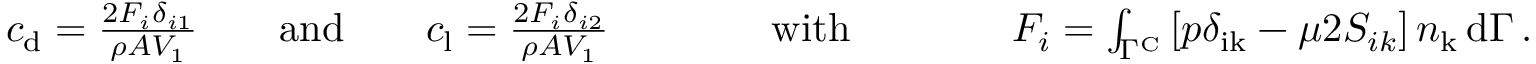
\begin{array} { r } { c _ { \mathrm { d } } = \frac { 2 F _ { i } \delta _ { i 1 } } { \rho A V _ { 1 } } \quad \quad \mathrm { a n d } \quad \quad c _ { \mathrm { l } } = \frac { 2 F _ { i } \delta _ { i 2 } } { \rho A V _ { 1 } } \qquad \qquad \mathrm { w i t h } \qquad \qquad F _ { i } = \int _ { \Gamma ^ { \mathrm { C } } } \left[ p \delta _ { \mathrm { i k } } - \mu 2 S _ { i k } \right] n _ { \mathrm { k } } \, \mathrm { d } \Gamma \, . } \end{array}